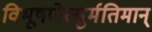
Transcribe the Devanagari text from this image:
विभूषणेत्सुर्मतिमान्